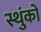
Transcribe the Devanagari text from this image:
स्थुंको